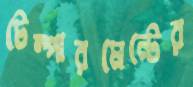
টেম্পারমেন্টের